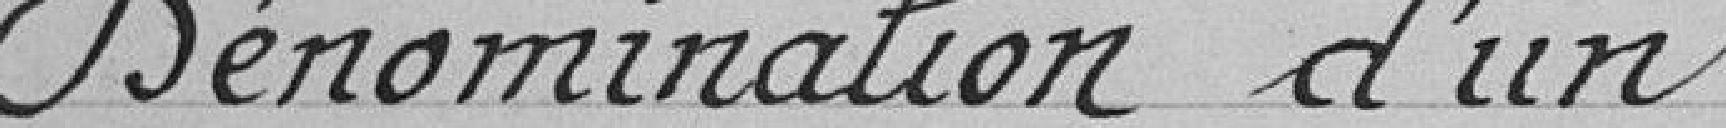
Dénomination d'un